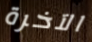
الآخرة